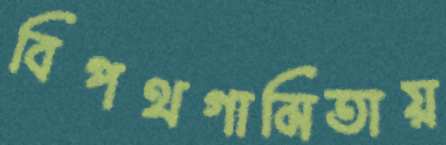
বিপথগামিতায়